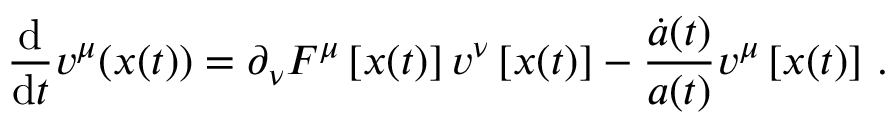
\frac { \mathrm { d } } { \mathrm { d } t } v ^ { \mu } ( \boldsymbol { x } ( t ) ) = \partial _ { \nu } F ^ { \mu } \left[ \boldsymbol { x } ( t ) \right] v ^ { \nu } \left[ \boldsymbol { x } ( t ) \right] - \frac { \dot { a } ( t ) } { a ( t ) } v ^ { \mu } \left[ \boldsymbol { x } ( t ) \right] \, .